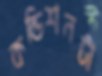
কন্ডিশনটা